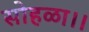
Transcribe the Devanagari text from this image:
सोहळा।।